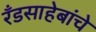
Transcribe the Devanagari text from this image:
रँडसाहेबांचे